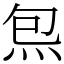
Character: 炰